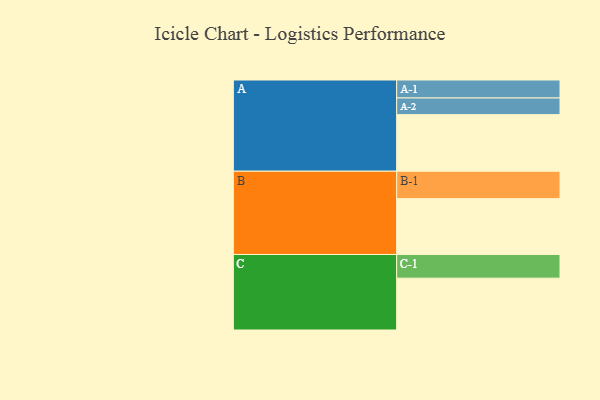
{"axis": {"x": "Segment", "y": "Value"}, "legend": ["", "A", "B", "C"], "data": [{"x": "A", "y": 526, "type": ""}, {"x": "B", "y": 519, "type": ""}, {"x": "C", "y": 482, "type": ""}, {"x": "A-1", "y": 167, "type": "A"}, {"x": "A-2", "y": 155, "type": "A"}, {"x": "B-1", "y": 255, "type": "B"}, {"x": "C-1", "y": 220, "type": "C"}]}